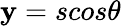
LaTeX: \mathbf{y}=scos{\theta}